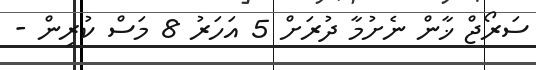
ސަރޯޖް ޚާން ނެށުމާ ދުރަށް 5 އަހަރު 8 މަސް ކުރިން -